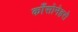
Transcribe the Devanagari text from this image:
काँसोनेहरो